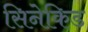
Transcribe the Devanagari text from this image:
सिनेकिड